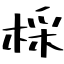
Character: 棌